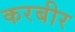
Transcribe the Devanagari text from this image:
करबीर